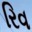
રિવ